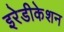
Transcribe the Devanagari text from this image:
इरेडीकेशन